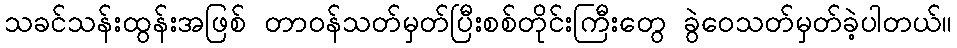
သခင်သန်းထွန်းအဖြစ် တာဝန်သတ်မှတ်ပြီးစစ်တိုင်းကြီးတွေ ခွဲဝေသတ်မှတ်ခဲ့ပါတယ်။